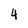
Character: 4